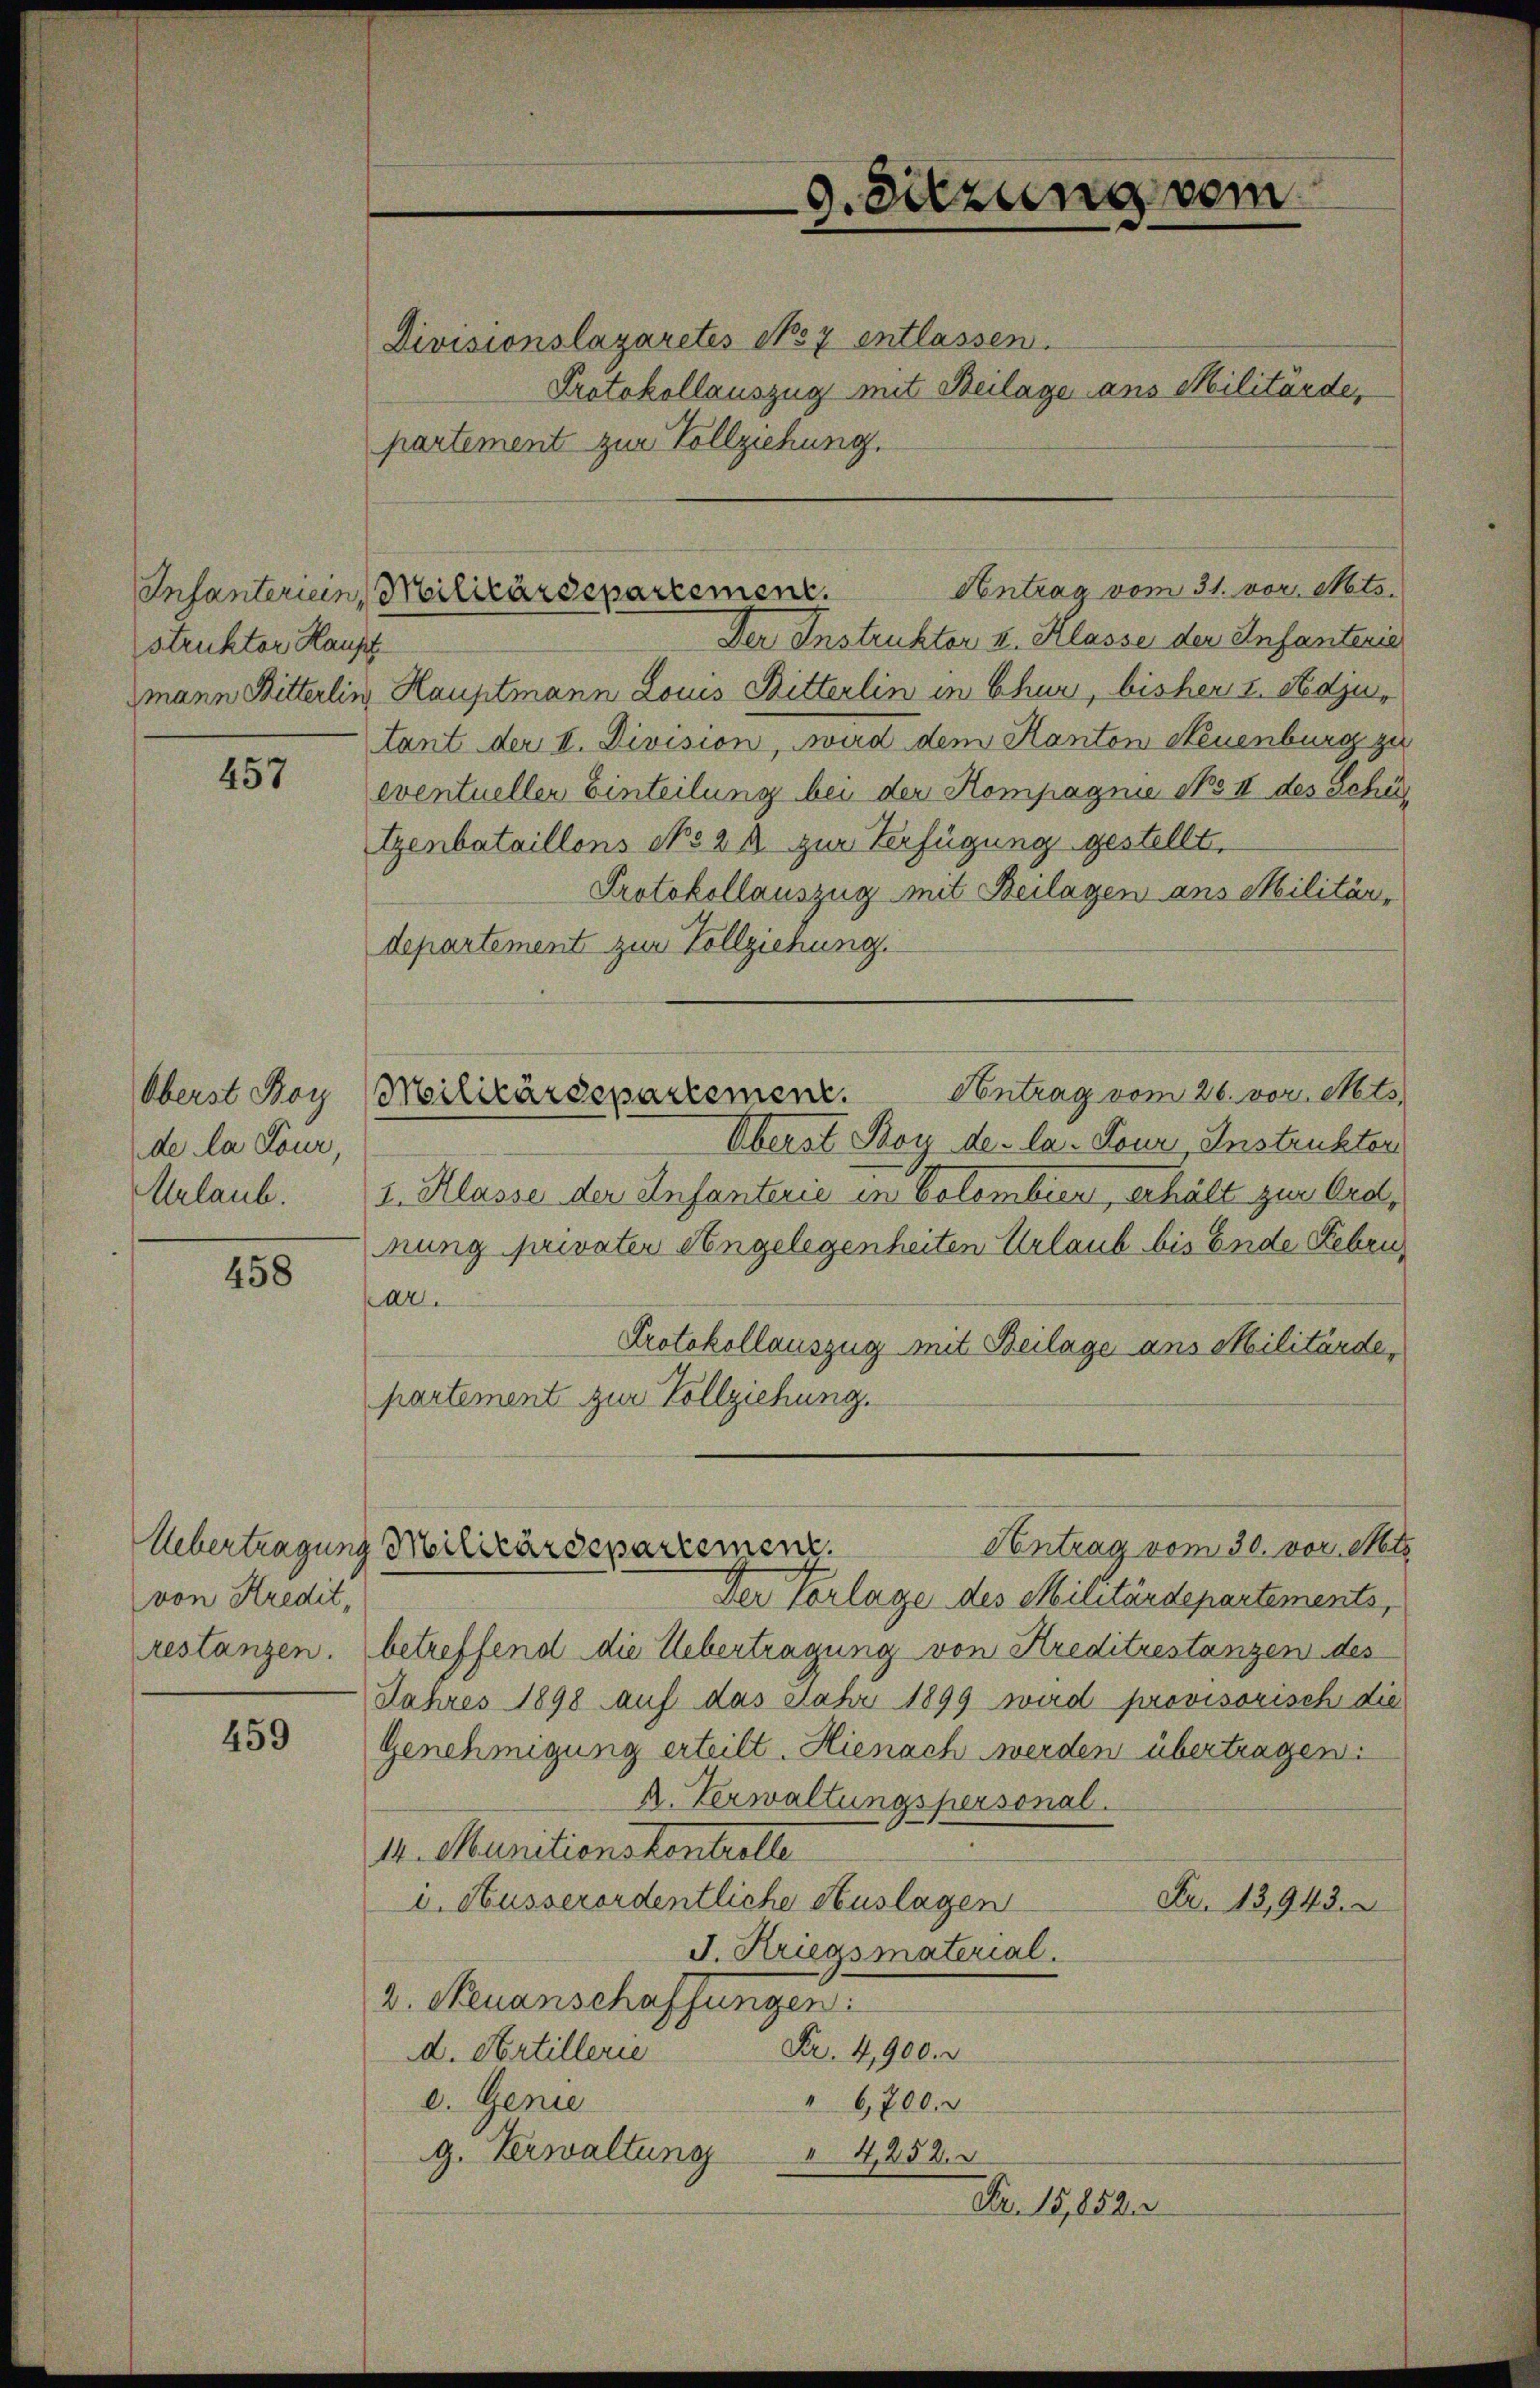
struktor Hause

457

Oberst Boy
de la Lour,
Urlaub.

458

Uebertragung
von Kredit,

459

Divisionslagaretes No 7 entlassen.
Protokollauszug mit Beilage ans Militärde,
partement zur Vollziehung.
Der Instruktor u. Klasse der Infantenie
mann Bitterlin Hauptmann Louis Bitterlin in Chur, bisher s. Sedjutant der II. Division, wird dem Kanton Neuenburg zu
eventueller Einteilung bei der Kompagnie No II des Schül
tzenbataillons No 2 R. zur Verfügung gestellt,
Protokollauszug mit Beilagen ans Militär-
departement zur Vollziehung.
Überst Boy de la. Tour Instruktor
1. Klasse der Anfanterie in Colombier, erhält zur Ordnung privater Angelegenheiten Urlaub bis Ende Febru
ar.
Protokollauszug mit Beilage ans Militärde,
partement zur Vollziehung.
Antrag vom 30. vor. Mts
Militärdepartement.
Der Vorlage des Militärdepartements,
restanzen. betreffend die Uebertragung von Kreditrestanzen des
Jahres 1898 auf das Jahr 1899 wird provisorisch die
Genehmigung erteilt. Hienach werden übertragen.
k. Verwaltungspersonal
14. Munitionskontrolle
i. Ausserordentliche Auslagen
Fr. 13,943.
J. Kriegsmaterial.
2. Neuanschaffungen:
Fr. 4900.
d. Artillerie
"6,700.
c. Genie
g. Verwaltung
 4,252.
Nr. 15,852.

Antrag vom 31. vor. Mts.
Infanteriein, Militärdepartement.

Militärdepartement. Antrag vom 26. vor. Mts.

9. Sitzung vom